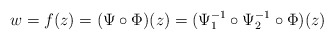
\begin{align*}w=f(z)=(\Psi\circ\Phi)(z)=(\Psi_1^{-1}\circ\Psi_2^{-1}\circ\Phi)(z)\end{align*}